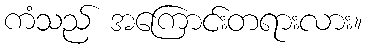
ကံသည် အကြောင်းတရားလား။